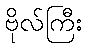
ဗိုလ်ကြီး